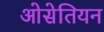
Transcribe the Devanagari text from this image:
ओसेतियन